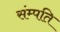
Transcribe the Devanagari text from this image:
संम्पति